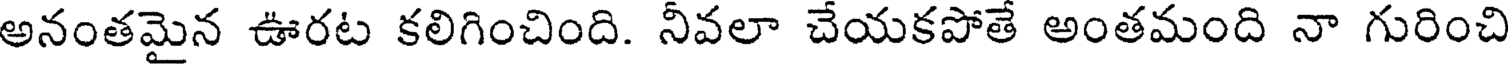
అనంతమైన ఊరట కలిగించింది. నీవలా చేయకపోతే అంతమంది నా గురించి